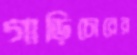
গাড়িচোরের